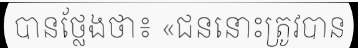
បានថ្លែងថា៖ «ជននោះត្រូវបាន